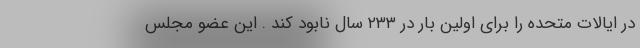
در ایالات متحده را برای اولین بار در ۲۳۳ سال نابود کند . این عضو مجلس